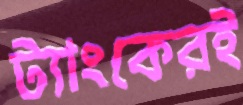
ট্যাংকেরই